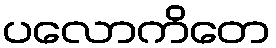
ပလောကိတေ